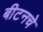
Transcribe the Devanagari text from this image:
बीटनचे